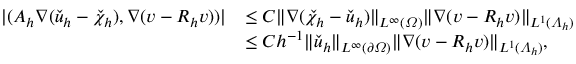
\begin{array} { r l } { | ( A _ { h } \nabla ( \check { u } _ { h } - \check { \chi } _ { h } ) , \nabla ( v - R _ { h } v ) ) | } & { \leq C \| \nabla ( \check { \chi } _ { h } - \check { u } _ { h } ) \| _ { L ^ { \infty } ( \varOmega ) } \| \nabla ( v - R _ { h } v ) \| _ { L ^ { 1 } ( \varLambda _ { h } ) } } \\ & { \leq C h ^ { - 1 } \| \check { u } _ { h } \| _ { L ^ { \infty } ( \partial \varOmega ) } \| \nabla ( v - R _ { h } v ) \| _ { L ^ { 1 } ( \varLambda _ { h } ) } , } \end{array}